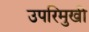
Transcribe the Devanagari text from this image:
उपरिमुखी